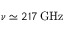
\nu \simeq 2 1 7 \, \mathrm { G H z }